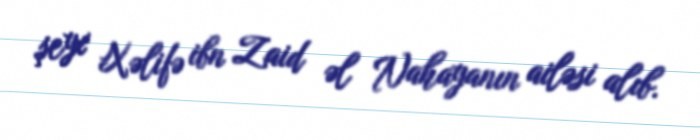
şeyx Xəlifə ibn Zaid əl Nahayanın ailəsi alıb.